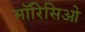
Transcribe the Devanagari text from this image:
मॉरिसिओ